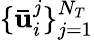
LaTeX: \{ \mathbf{\bar{u}}_{i}^{j}\} _{j=1}^{N_{T}}